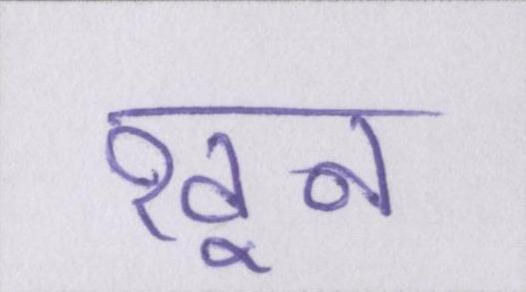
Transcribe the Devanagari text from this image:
खून